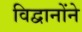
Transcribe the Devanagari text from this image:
विद्वानोंने